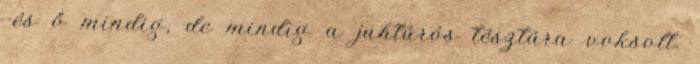
-és ő mindig, de mindig a juhtúrós tésztára voksolt.